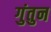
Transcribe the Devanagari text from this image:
गुंतुन